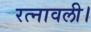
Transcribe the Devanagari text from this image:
रत्नावली।